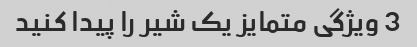
3 ویژگی متمایز یک شیر را پیدا کنید